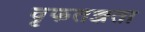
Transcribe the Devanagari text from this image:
वृफतज्ञता